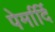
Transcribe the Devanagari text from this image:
पेर्मार्दि